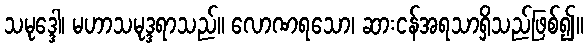
သမုဒ္ဒေါ၊ မဟာသမုဒ္ဒရာသည်။ လောဏရသော၊ ဆားငန်အရသာရှိသည်ဖြစ်၍။